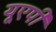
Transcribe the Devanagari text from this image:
यूएपी